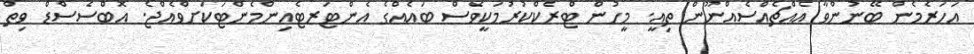
އަހަރެމެން ބޭނުންވާ އެއްޗެއްސެއްނޫން ތިއީ. މީހުން ޓްރެކްކުރުމަކީވެސް ބައެއްގެ އެންޓަރޓެއިންމެންޓަކަށްވެއްޖެ. އޮބްސެސްޑް ވިތް